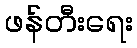
ဖန်တီးရေး